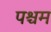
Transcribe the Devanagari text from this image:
पश्चम